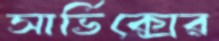
সার্ভিক্সের